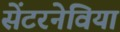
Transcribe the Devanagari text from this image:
सेंटरनेविया